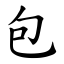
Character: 包